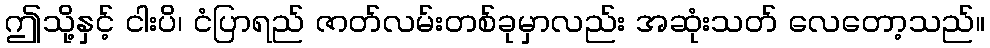
ဤသို့နှင့် ငါးပိ၊ ငံပြာရည် ဇာတ်လမ်းတစ်ခုမှာလည်း အဆုံးသတ် လေတော့သည်။